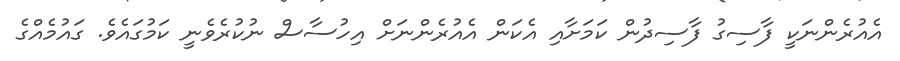
އެއުރެންނަކީ ފާސިގު ފާސިދުން ކަމަށާއި އެކަން އެއުރެންނަށް އިހުސާސް ނުކުރެވެނީ ކަމުގައެވެ. ގައުމެއްގެ